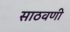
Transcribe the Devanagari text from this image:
साठवणी